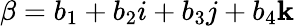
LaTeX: \beta=b_{1}+b_{2}i+b_{3}j+b_{4}\mathbf{k}